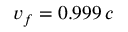
v _ { f } = 0 . 9 9 9 \, c